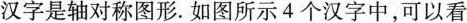
有的汉字是轴对称图形。如图所示4个汉字中，可以看